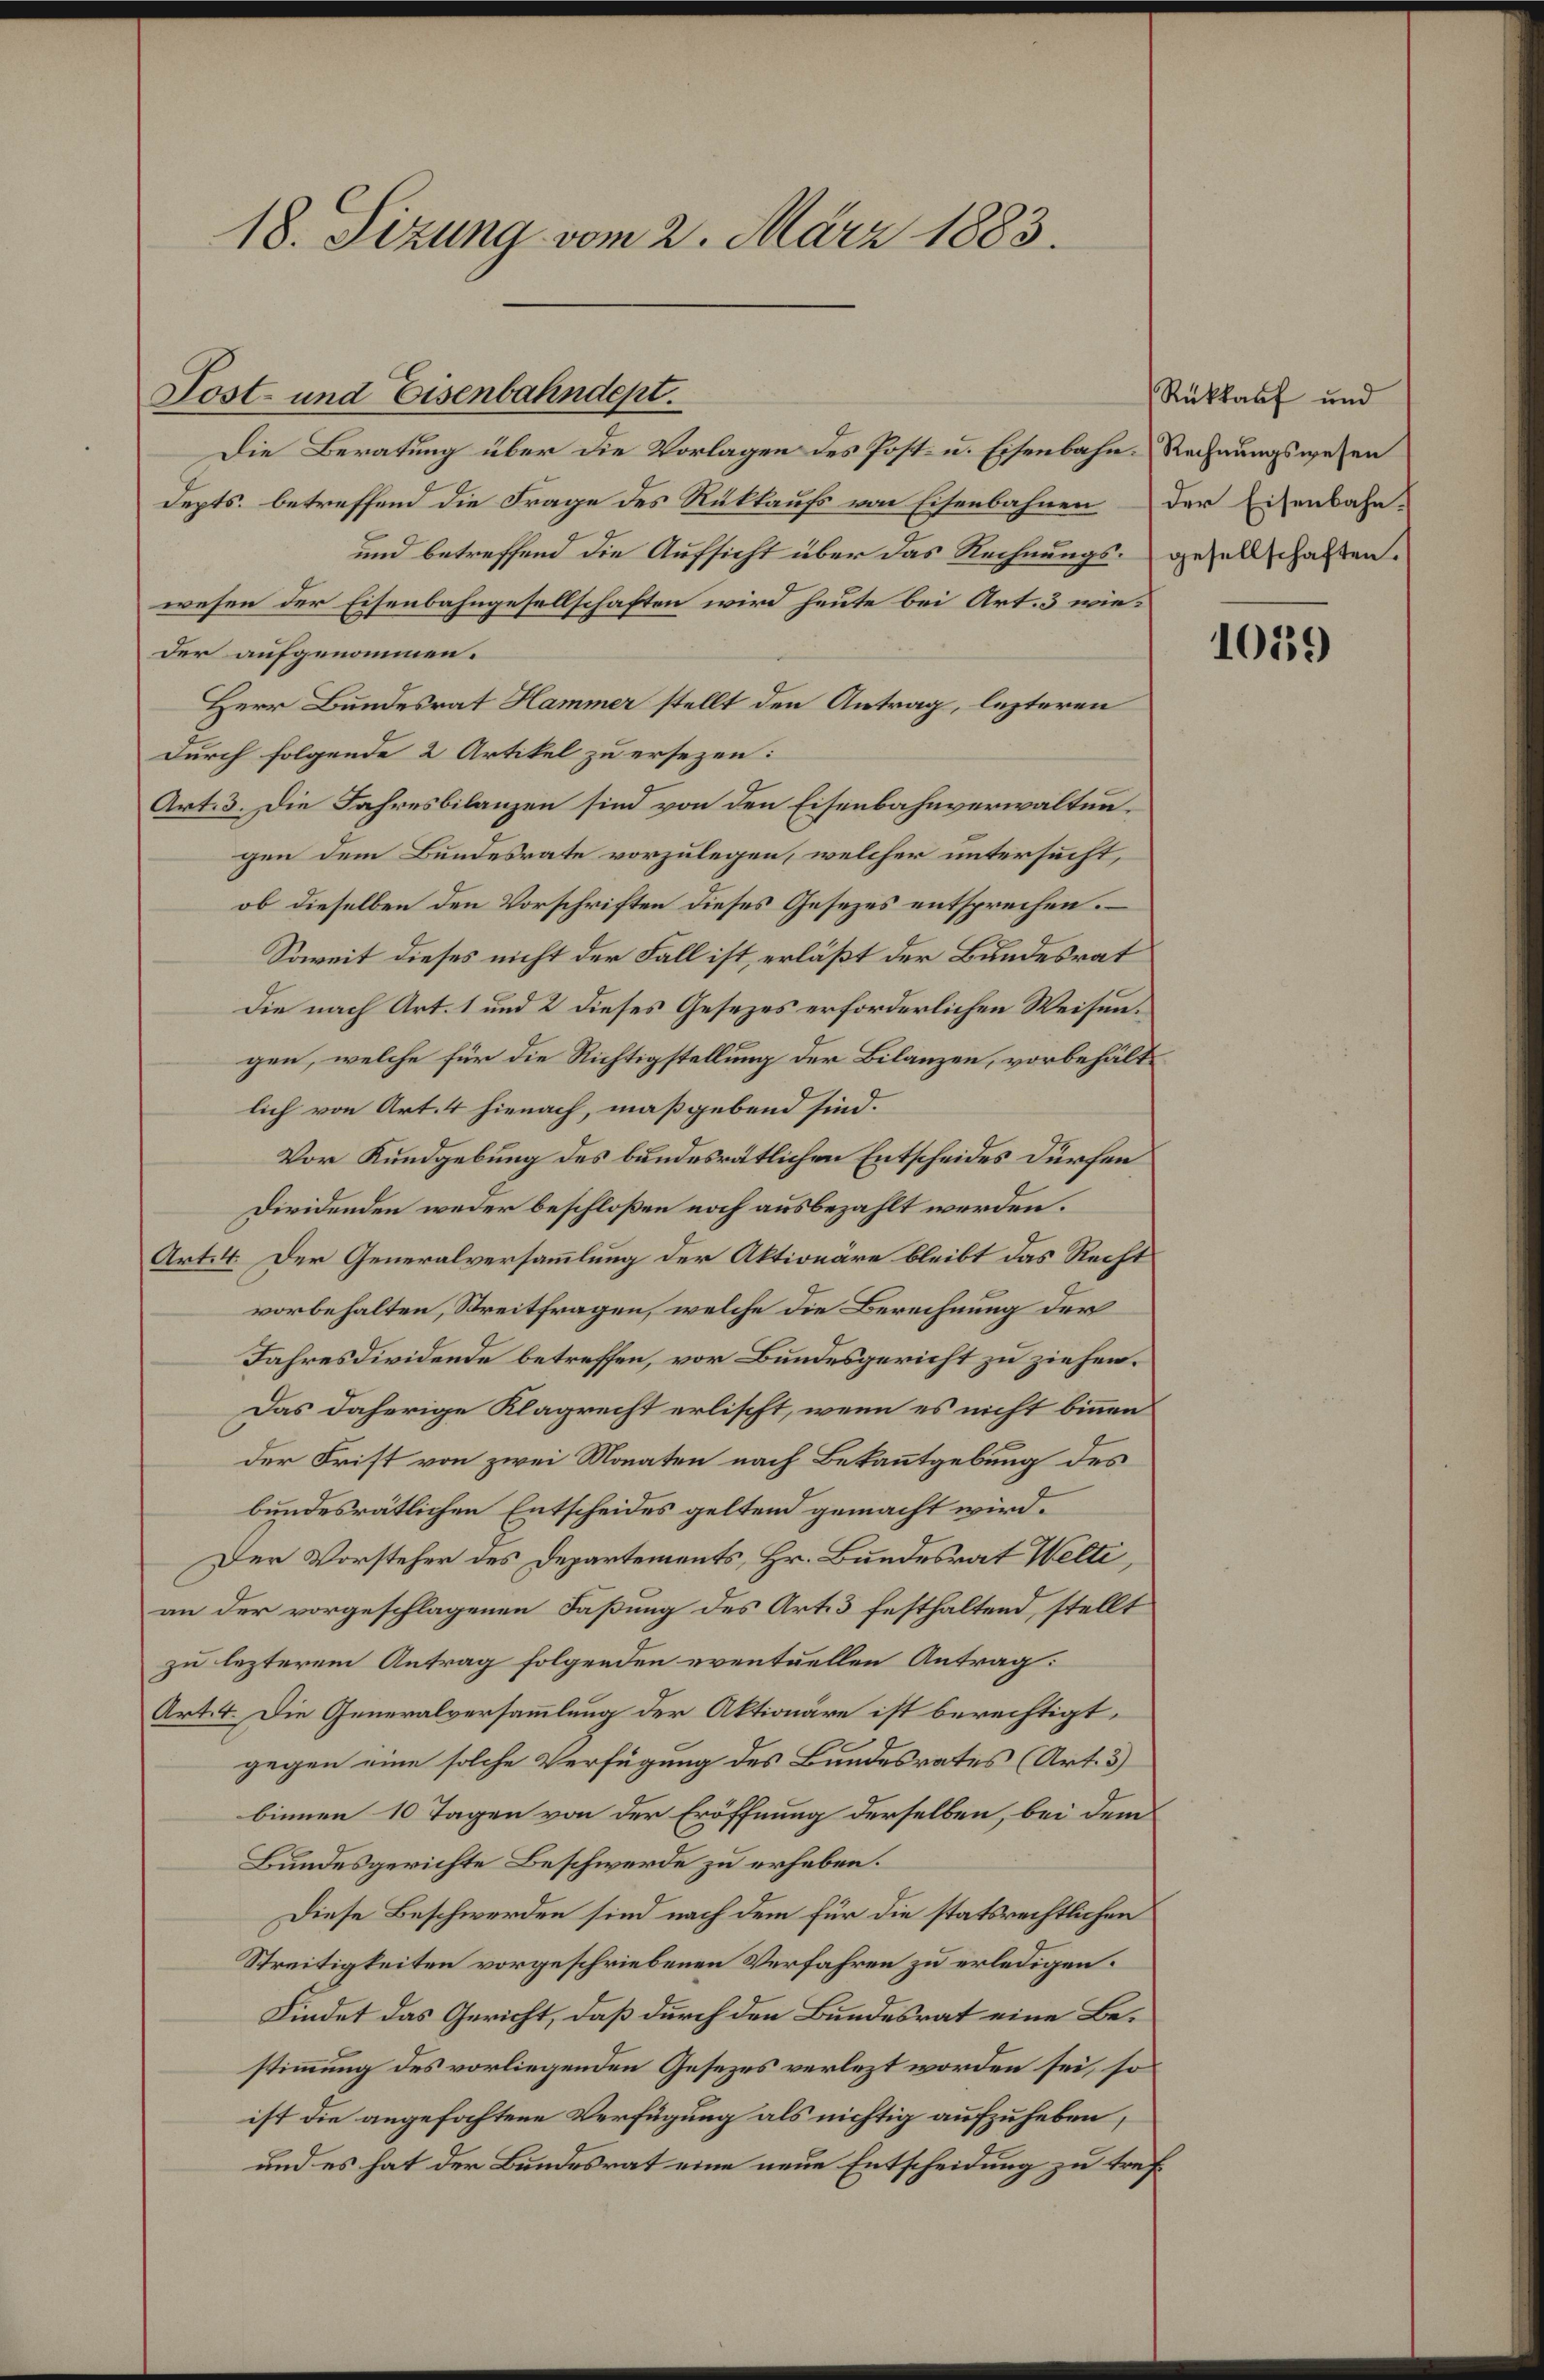
18. Sizung vom 2. März 1883.

Die Beratung über die Vorlagen des Post- u. Eisenbahn-Rechnungswesen
depts. betreffend die Frage des Rükkaufs von Eisenbahnen der Eisenbahn-
und betreffend die Aufsicht über das Rechnungs- gesellschaften.
wesen der Eisenbahngesellschaften wird heute bei Art. 3 wieder aufgenommen.
Herr Bundesrat Hammer stellt den Antrag, lezteren
durch folgende 2 Artikel zu ersezen:
Art. 3. Die Jahresbilanzen sind von den Eisenbahnverwaltengen dem Bundesrate vorzulegen, welcher untersucht,
ob dieselben den Vorschriften dieses Gesezes entsprechen.
Soweit dieses nicht der Fall ist, erläßt der Bundesrat
Die nach Art. 1 und 2 dieses Gesezes erforderlichen Weisengen, welche für die Richtigstellung der Bilanzen, vorbehältlich von Art. 4 hienach, maßgebend sind.
Vor Kundgebung des bundesrätlichen Entscheides Dürfen
Dividenden weder beschloßen noch ausbezahlt werden.
Art. 4. Der Generalversammlung der Aktionäre bleibt das Recht
vorbehalten, Streitfragen, welche die Berechnung der
Jahresdividende betreffen, vor Bundesgericht zu ziehen.
Das daherige Klagrecht erlischt, wenn es nicht binnen
der Frist von zwei Monaten nach Bekanntgebung des
bundesrätlichen Entscheides geltend gemacht wird.
Der Vorsteher des Departements, Hr. Bundesrat Welti,
an der vorgeschlagenen Faßung des Art. 3 festhaltend, stellt
zu lezterem Antrag folgenden eventuellen Antrag:
Art. 4. Die Generalversammlung der Aktionäre ist berechtigt,
gegen eine solche Verfügung des Bundesrates (Art. 3)
binnen 10 Tagen von der Eröffnung derselben, bei dem
Bundesgerichte Beschwerde zu erheben.
Diese Beschwerden sind nach dem für die statsrechtlichen
Streitigkeiten vorgeschriebenen Verfahren zu erledigen.
Findet das Gericht, daß durch den Bundesrat eine Bestimmung des vorliegenden Gesezes verlezt worden sei, so
ist die angehaftene Verfügung als nichtig aufzuheben,
und es hat der Bundesrat eine neue Entscheidung zu tref¬

Lost- und Eisenbahndept.

Rükkauf und

1039